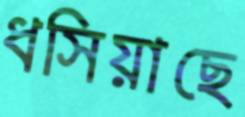
ধসিয়াছে